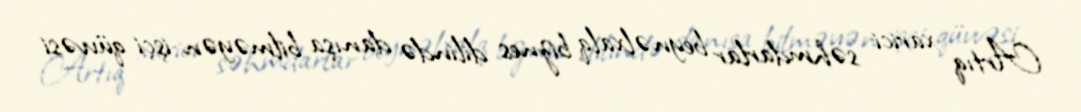
Artıq xarici səhmdarlar beynəlxalq biznes dilində danışa bilməyən işçi qüvvəsi